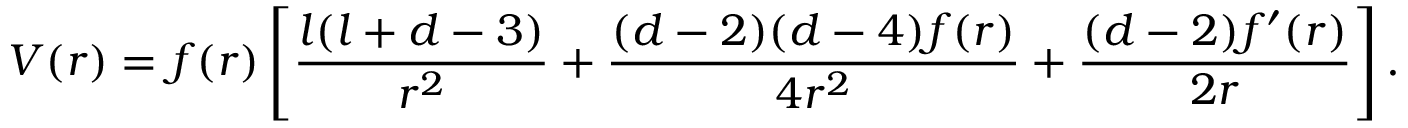
V ( r ) = f ( r ) \left[ \frac { l ( l + d - 3 ) } { r ^ { 2 } } + \frac { ( d - 2 ) ( d - 4 ) f ( r ) } { 4 r ^ { 2 } } + \frac { ( d - 2 ) f ^ { \prime } ( r ) } { 2 r } \right] .